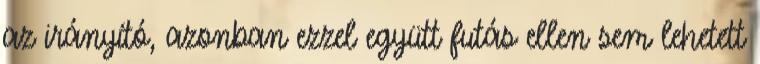
az irányító, azonban ezzel együtt futás ellen sem lehetett